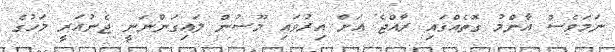
ނަމަވެސް އާންމު ގޮތެއްގައި ރާއްޖެ އަށް އިރުވައި މޫސުން ލައިގަންނަނީ ޖެނުއަރީ މަހުގެ